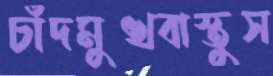
চাঁদমুখবাস্তুস